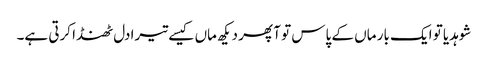
شوہدیا تو ایک بار ماں کے پاس تو آ پھر دیکھ ماں کیسے تیرا دل ٹھنڈا کرتی ہے۔